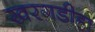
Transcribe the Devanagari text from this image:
खरगडीहा